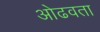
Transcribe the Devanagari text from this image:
ओढवता